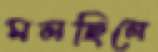
মলছিলে